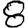
Digit: 8